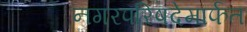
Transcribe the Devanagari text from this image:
नगरपरिषदेमार्फत